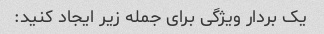
یک بردار ویژگی برای جمله زیر ایجاد کنید: